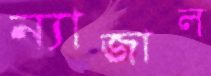
ন্যাজাল